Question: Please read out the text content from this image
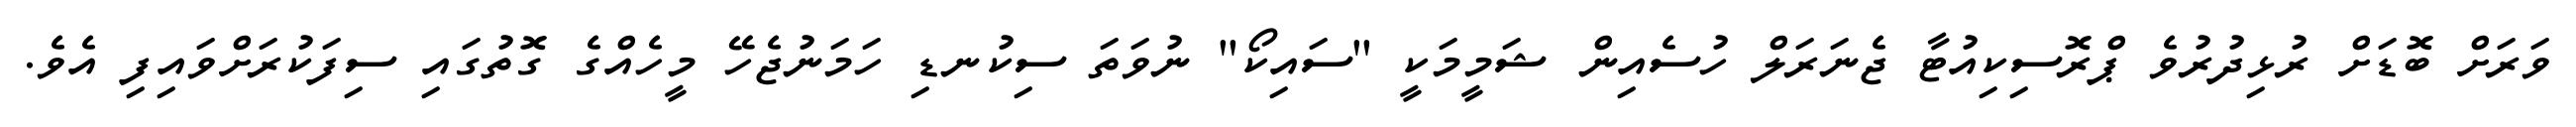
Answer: ވަރަށް ބޮޑަށް ރުޅިދުރުވެ ޕްރޮސިކިއުޓާ ޖެނަރަލް ހުސެއިން ޝަމީމަކީ "ސައިކޯ" ނުވަތަ ސިކުނޑި ހަމަނުޖެހޭ މީހެއްގެ ގޮތުގައި ސިފަކުރަށްވައިފި އެވެ.